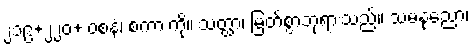
၂၁၉+၂၂၀+ ဝစနံ၊ စကားကို။ သတ္ထာ၊ မြတ်စွာဘုရားသည်။ သမနုညော၊